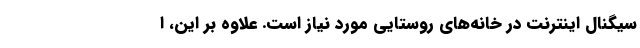
سیگنال اینترنت در خانه‌های روستایی مورد نیاز است. علاوه بر این، ا